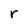
Character: r